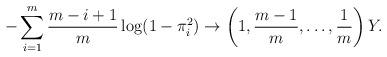
LaTeX: \begin{align*}-\sum \limits_{i=1}^{m}\frac{m-i+1}{m}\log (1-{\pi }_{i}^{2})\rightarrow\left( 1,\frac{m-1}{m},\ldots,\frac{1}{m}\right)Y.\end{align*}